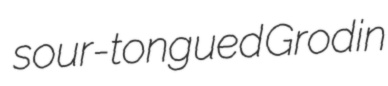
sour-tongued Grodin